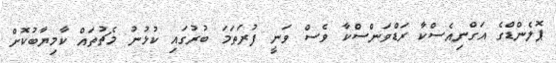
ޕޮލެންޑްގެ އަގްނިއެސްކާ ރަޑްވަންސްކާ ވެސް ވަނީ ފުރަތަމަ ބުރުގައި ކުޅުނު މެޗުތައް ކާމިޔާބުކޮށް